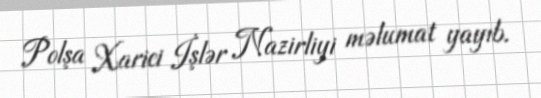
Polşa Xarici İşlər Nazirliyi məlumat yayıb.